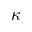
\kappa